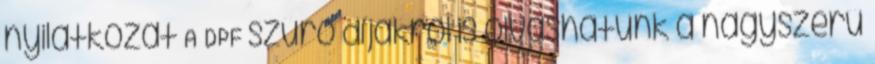
nyilatkozat A DPF szűrő díjakról is olvashatunk a nagyszerű